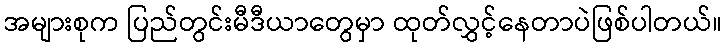
အများစုက ပြည်တွင်းမီဒီယာတွေမှာ ထုတ်လွှင့်နေတာပဲဖြစ်ပါတယ်။